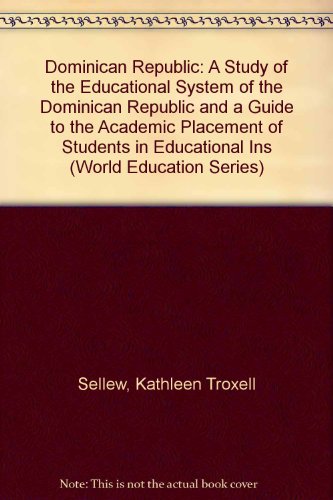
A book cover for Dominican Republic: A Study of the Educational System of the Dominican Republic and a Guide to the Academic Placement of Students in Educational Ins (World Education Series); Kathleen Troxell Sellew; Travel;